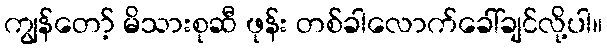
ကျွန်တော့် မိသားစုဆီ ဖုန်း တစ်ခါလောက်ခေါ်ချင်လို့ပါ။